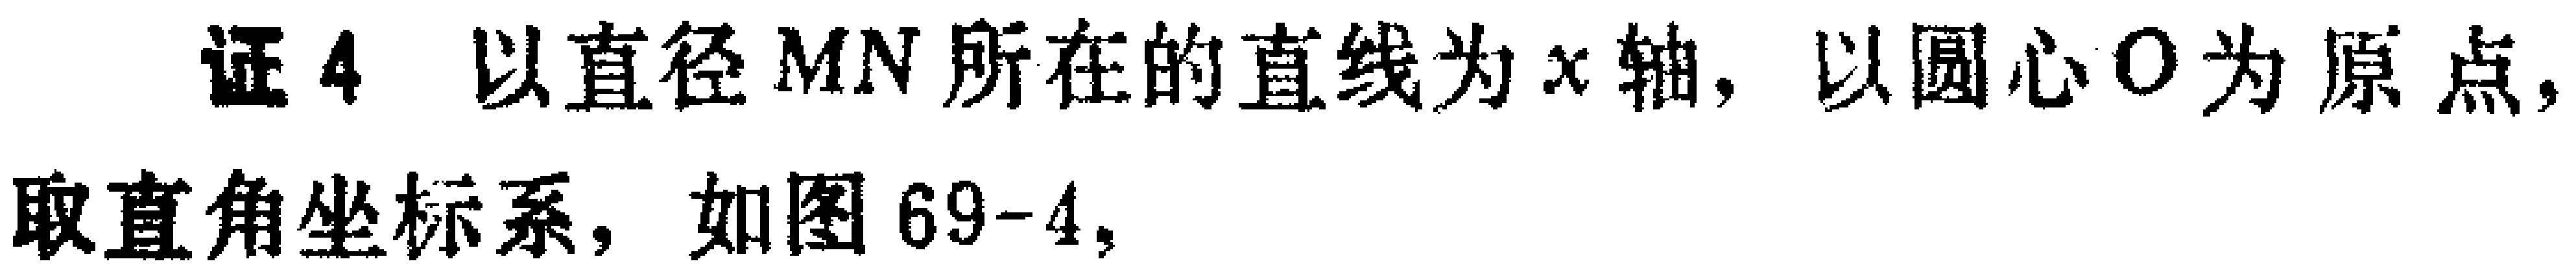
证4 以直径$MN$所在的直线为$x$轴，以圆心$O$为原点，取直角坐标系，如图69-4，